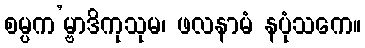
စမ္ပက’မ္ဗာဒိကုသုမ၊ ဖလနာမံ နပုံသကေ။